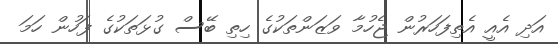
އަދި އެއީ އެތިފަހަރުން ޖެހުމާ ވަޒަންތަކުގެ ހިތި ބޭސް ގުޅަތަކުގެ ފަހުން ހަމަ